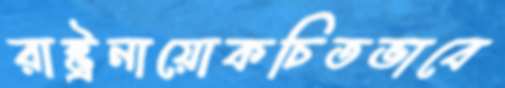
রাষ্ট্রনায়োকচিতভাবে